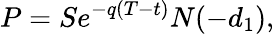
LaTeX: P=Se^{-q(T-t)}N(-d_{1}),